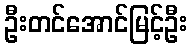
ဦးတင်အောင်မြင့်ဦး